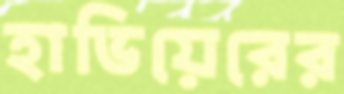
হাভিয়েরের